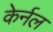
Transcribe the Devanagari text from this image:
केर्नल